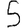
Digit: 5